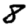
Digit: 8